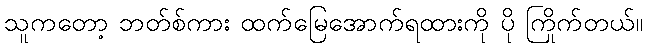
သူကတော့ ဘတ်စ်ကား ထက်မြေအောက်ရထားကို ပို ကြိုက်တယ်။